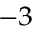
^ { - 3 }